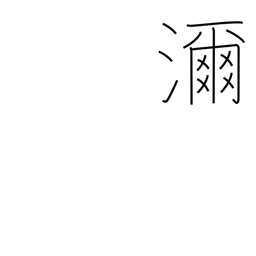
Meaning: much